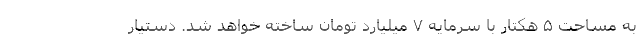
به مساحت ۵ هکتار با سرمایه ۷ میلیارد تومان ساخته خواهد شد. دستیار